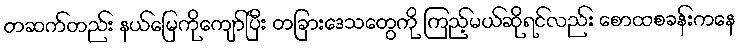
တဆက်တည်း နယ်မြေကိုကျော်ပြီး တခြားဒေသတွေကို ကြည့်မယ်ဆိုရင်လည်း စောထစခန်းကနေ